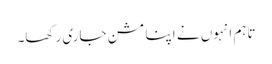
تاہم انہوں نے اپنا مشن جاری رکھا۔